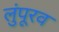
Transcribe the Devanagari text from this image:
लुंपूरव